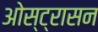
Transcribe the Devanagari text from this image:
ओस्ट्रासन